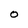
Character: 0